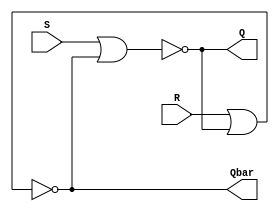
// SR Latch Design

module SR_Latch(
input S, R,
output Q, Qbar
    );
    assign Q = ~(S|Qbar);
    assign Qbar = ~(R|Q);
endmodule